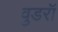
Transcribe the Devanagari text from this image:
वुडरॉ